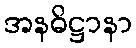
အနဓိဋ္ဌာနာ